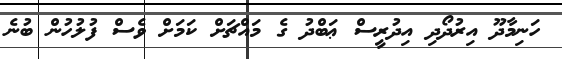
ހަނިމާދޫ އިރުދޯދި އިދުރީސް ޢަބްދު ގެ މައްޗަށް ކަމަށް ވެސް ފުލުހުން ބުނެ